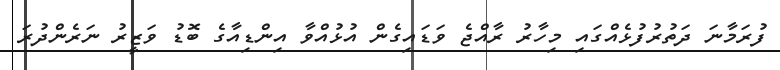
ފުރަމާނަ ދަތުރުފުޅެއްގައި މިހާރު ރާއްޖެ ވަޑައިގެން އުޅުއްވާ އިންޑިއާގެ ބޮޑު ވަޒީރު ނަރެންދުރަ